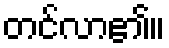
တင်လာ၏။